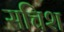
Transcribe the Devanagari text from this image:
सचिश